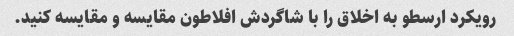
رویکرد ارسطو به اخلاق را با شاگردش افلاطون مقایسه و مقایسه کنید.